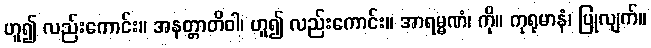
ဟူ၍ လည်းကောင်း။ အနတ္တာတိဝါ၊ ဟူ၍ လည်းကောင်း။ အာရမ္မဏံ၊ ကို။ ကုရုမာနံ၊ ပြုလျက်။